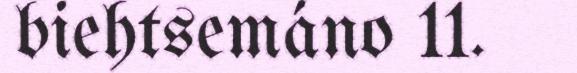
biehtsemáno 11.